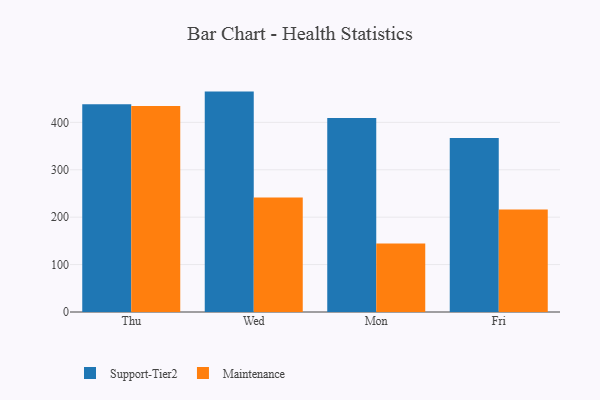
{"axis": {"x": "Day", "y": "Budget (USD K)"}, "legend": ["Maintenance", "Support-Tier2"], "data": [{"x": "Thu", "y": 438.2, "type": "Support-Tier2"}, {"x": "Thu", "y": 434.5, "type": "Maintenance"}, {"x": "Wed", "y": 464.9, "type": "Support-Tier2"}, {"x": "Wed", "y": 241.4, "type": "Maintenance"}, {"x": "Mon", "y": 409.1, "type": "Support-Tier2"}, {"x": "Mon", "y": 144.4, "type": "Maintenance"}, {"x": "Fri", "y": 367.2, "type": "Support-Tier2"}, {"x": "Fri", "y": 216.1, "type": "Maintenance"}]}